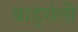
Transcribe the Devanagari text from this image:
बार्ड्सली